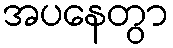
အပနေတွာ